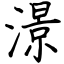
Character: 澋